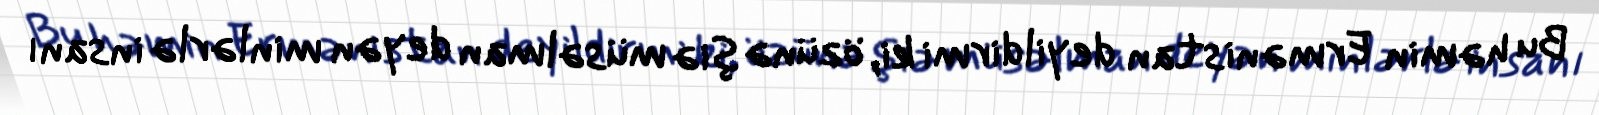
Bu həmin Ermənistan deyildirmi ki, özünə şiə müsəlman deyən minlərlə insanı